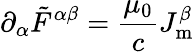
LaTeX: \partial_{\alpha}{{\tilde{F}}^{\alpha\beta}}={\frac{\mu_{0}}{c}}J_{\mathrm{m}}^{\beta}